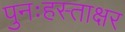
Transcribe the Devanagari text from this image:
पुनःहस्ताक्षर